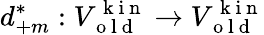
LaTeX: d_{+m}^{*}:V_{\mathrm{~o~l~d~}}^{\mathrm{~k~i~n~}}\to V_{\mathrm{~o~l~d~}}^{\mathrm{~k~i~n~}}